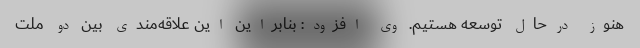
هنوز درحال توسعه هستیم. وی افزود: بنابراین این علاقه‌مندی بین دو ملت